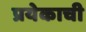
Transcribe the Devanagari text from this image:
प्रयेकाची